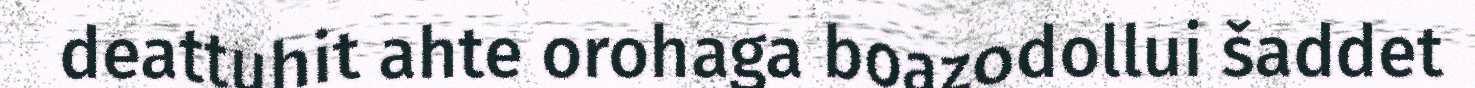
deattuhit ahte orohaga boazodollui šaddet